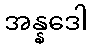
အန္နဒေါ